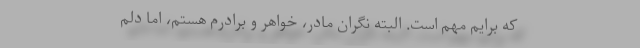
که برایم مهم است. البته نگران مادر، خواهر و برادرم هستم، اما دلم